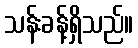
သန်းခန့်ရှိသည်။